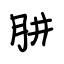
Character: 肼